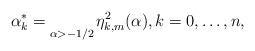
LaTeX: \begin{align*}\alpha _k^* = \mathop {{}}\limits_{\alpha > - 1/2} \eta _{k,m}^2(\alpha ),k = 0, \ldots, n,\end{align*}